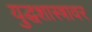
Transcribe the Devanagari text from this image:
युद्धशास्त्रावर